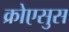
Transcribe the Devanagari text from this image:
क्रोएसुस